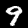
Label: 9